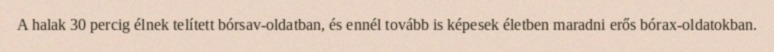
A halak 30 percig élnek telített bórsav-oldatban, és ennél tovább is képesek életben maradni erős bórax-oldatokban.